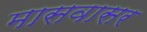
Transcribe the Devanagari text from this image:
मासवासर